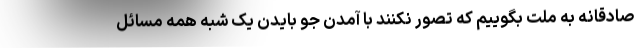
صادقانه به ملت بگوییم که تصور نکنند با آمدن جو بایدن یک شبه همه مسائل